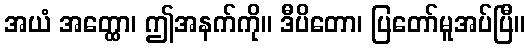
အယံ အတ္ထော၊ ဤအနက်ကို။ ဒီပိတော၊ ပြတော်မူအပ်ပြီ။